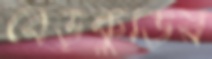
বেড়কুড়ির